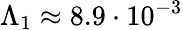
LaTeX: \Lambda_{1}\approx 8.9\cdot 10^{-3}